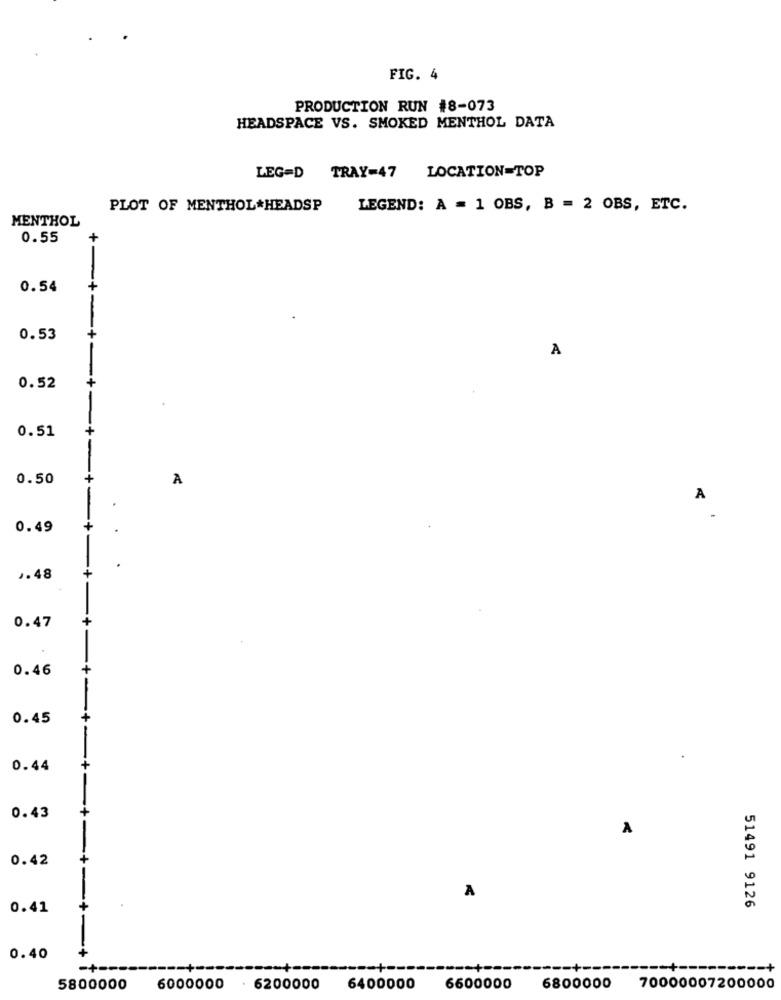
FIG. 4
PRODUCTION RUN #8-073
HEADSPACE VS. SMOKED MENTHOL DATA
LEG=D TRAY=47 LOCATION=TOP
PLOT OF MENTHOL*HEADSP
LEGEND: A = 1 OBS, B = 2 OBS, ETC.
MENTHOL
0.55
0.54
+-+-
0.53
+
A
-
0.52
+-
+
0.51
0.50
A
+-
A
0.49
.
›.48
+
0.47
0.46
+
0.45
+
0.44
+
0.43
A
0.42
A
0.41
51491 9126
0.40
5800000
6000000
. 6200000
6400000
6600000
6800000
70000007200000